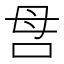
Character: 𠰔